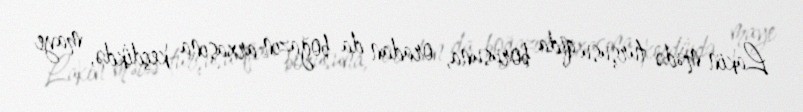
Lakin mədə turşusu qida borusuna, oradan da boğazın arxasına keçdikdə, maye